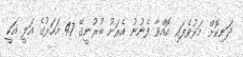
ދަނިކޮށް މަރުވެފައި އޮއްވާ ފެނުނު އެރަށު ބުރުނީގޭ 47 އަހަރުގެ އަލީ އަކީ